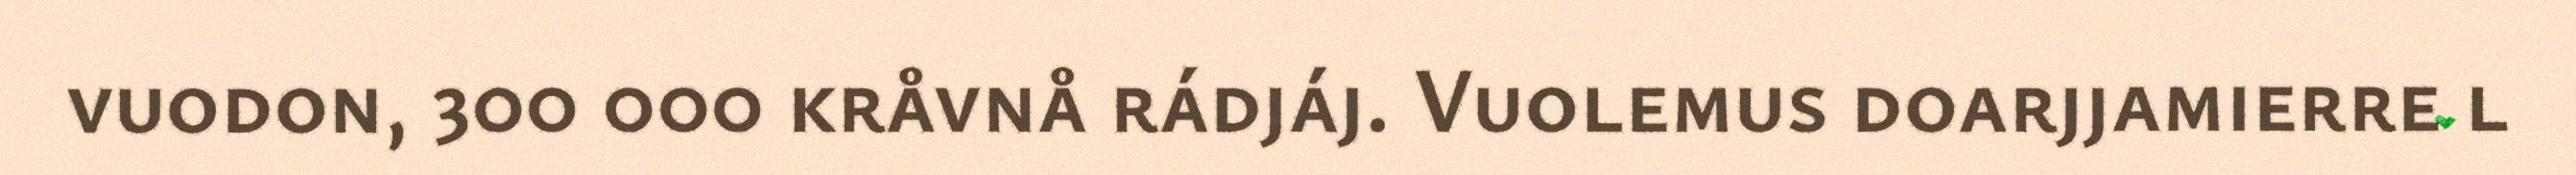
vuodon, 300 000 kråvnå rádjáj. Vuolemus doarjjamierre l